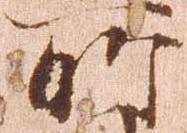
所